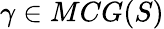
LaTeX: \gamma\in MCG(S)